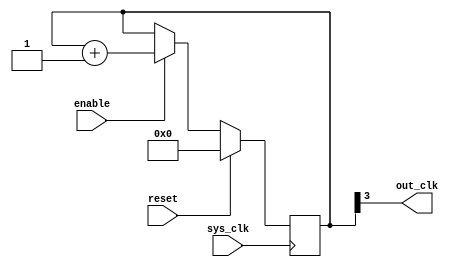
module johnson_counter_clock_divider(
    input wire sys_clk,  // System clock input
    input wire reset,    // Reset signal input
    input wire enable,   // Enable signal input
    output reg out_clk   // Output clock signal
);

reg [3:0] counter_reg;  // Johnson counter register

always @(posedge sys_clk) begin
    if (reset) begin
        counter_reg <= 4'b0000;  // Reset counter to initial state
    end else if (enable) begin
        counter_reg <= counter_reg + 1;  // Increment counter value
    end
end

assign out_clk = counter_reg[3];  // Output the MSB of the counter register as the divided clock signal

endmodule